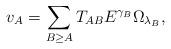
LaTeX: \begin{align*}v_A = \sum_{B\geq A} T_{AB} E^{\gamma_B}\Omega_{\lambda_B},\end{align*}